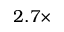
2 . 7 \times